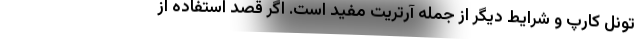
تونل کارپ و شرایط دیگر از جمله آرتریت مفید است. اگر قصد استفاده از